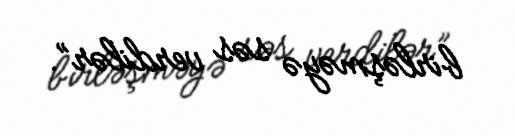
birləşməyə səs verdilər”.